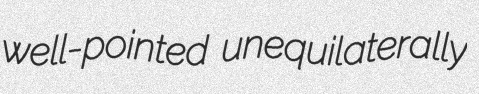
well-pointed unequilaterally